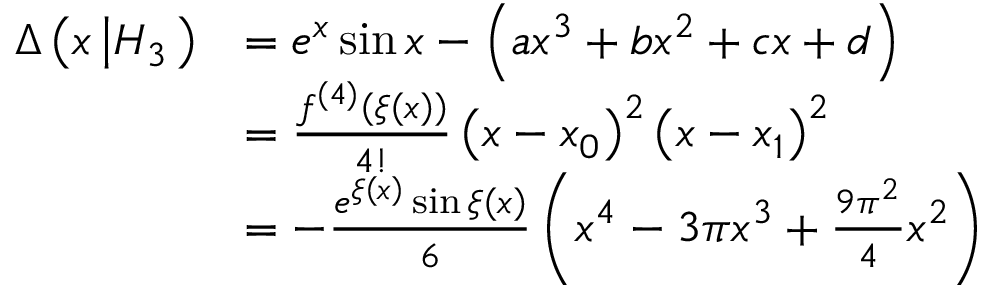
\begin{array} { r l } { \Delta \left( x \left\vert H _ { 3 } \right. \right) } & { = e ^ { x } \sin x - \left( a x ^ { 3 } + b x ^ { 2 } + c x + d \right) } \\ & { = \frac { f ^ { \left( 4 \right) } \left( \xi \left( x \right) \right) } { 4 ! } \left( x - x _ { 0 } \right) ^ { 2 } \left( x - x _ { 1 } \right) ^ { 2 } } \\ & { = - \frac { e ^ { \xi \left( x \right) } \sin \xi \left( x \right) } { 6 } \left( x ^ { 4 } - 3 \pi x ^ { 3 } + \frac { 9 \pi ^ { 2 } } { 4 } x ^ { 2 } \right) } \end{array}